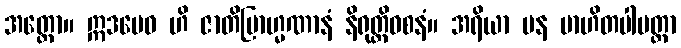
အတ္ထော။ ဣဒမေဝ ဟိ ဇာတိဗြာဟ္မဏာနံ နိရုတ္တိဝစနံ။ အရိယာ ပန ဗာဟိတပါပတ္တာ